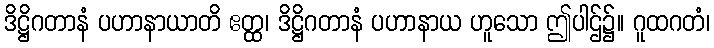
ဒိဋ္ဌိဂတာနံ ပဟာနာယာတိ ဧတ္ထ၊ ဒိဋ္ဌိဂတာနံ ပဟာနာယ ဟူသော ဤပါဌ်၌။ ဂူထဂတံ၊